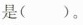
是()。